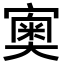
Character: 𡪿